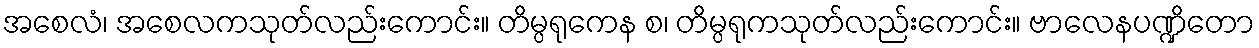
အစေလံ၊ အစေလကသုတ်လည်းကောင်း။ တိမ္ပရုကေန စ၊ တိမ္ပရုကသုတ်လည်းကောင်း။ ဗာလေနပဏ္ဍိတော